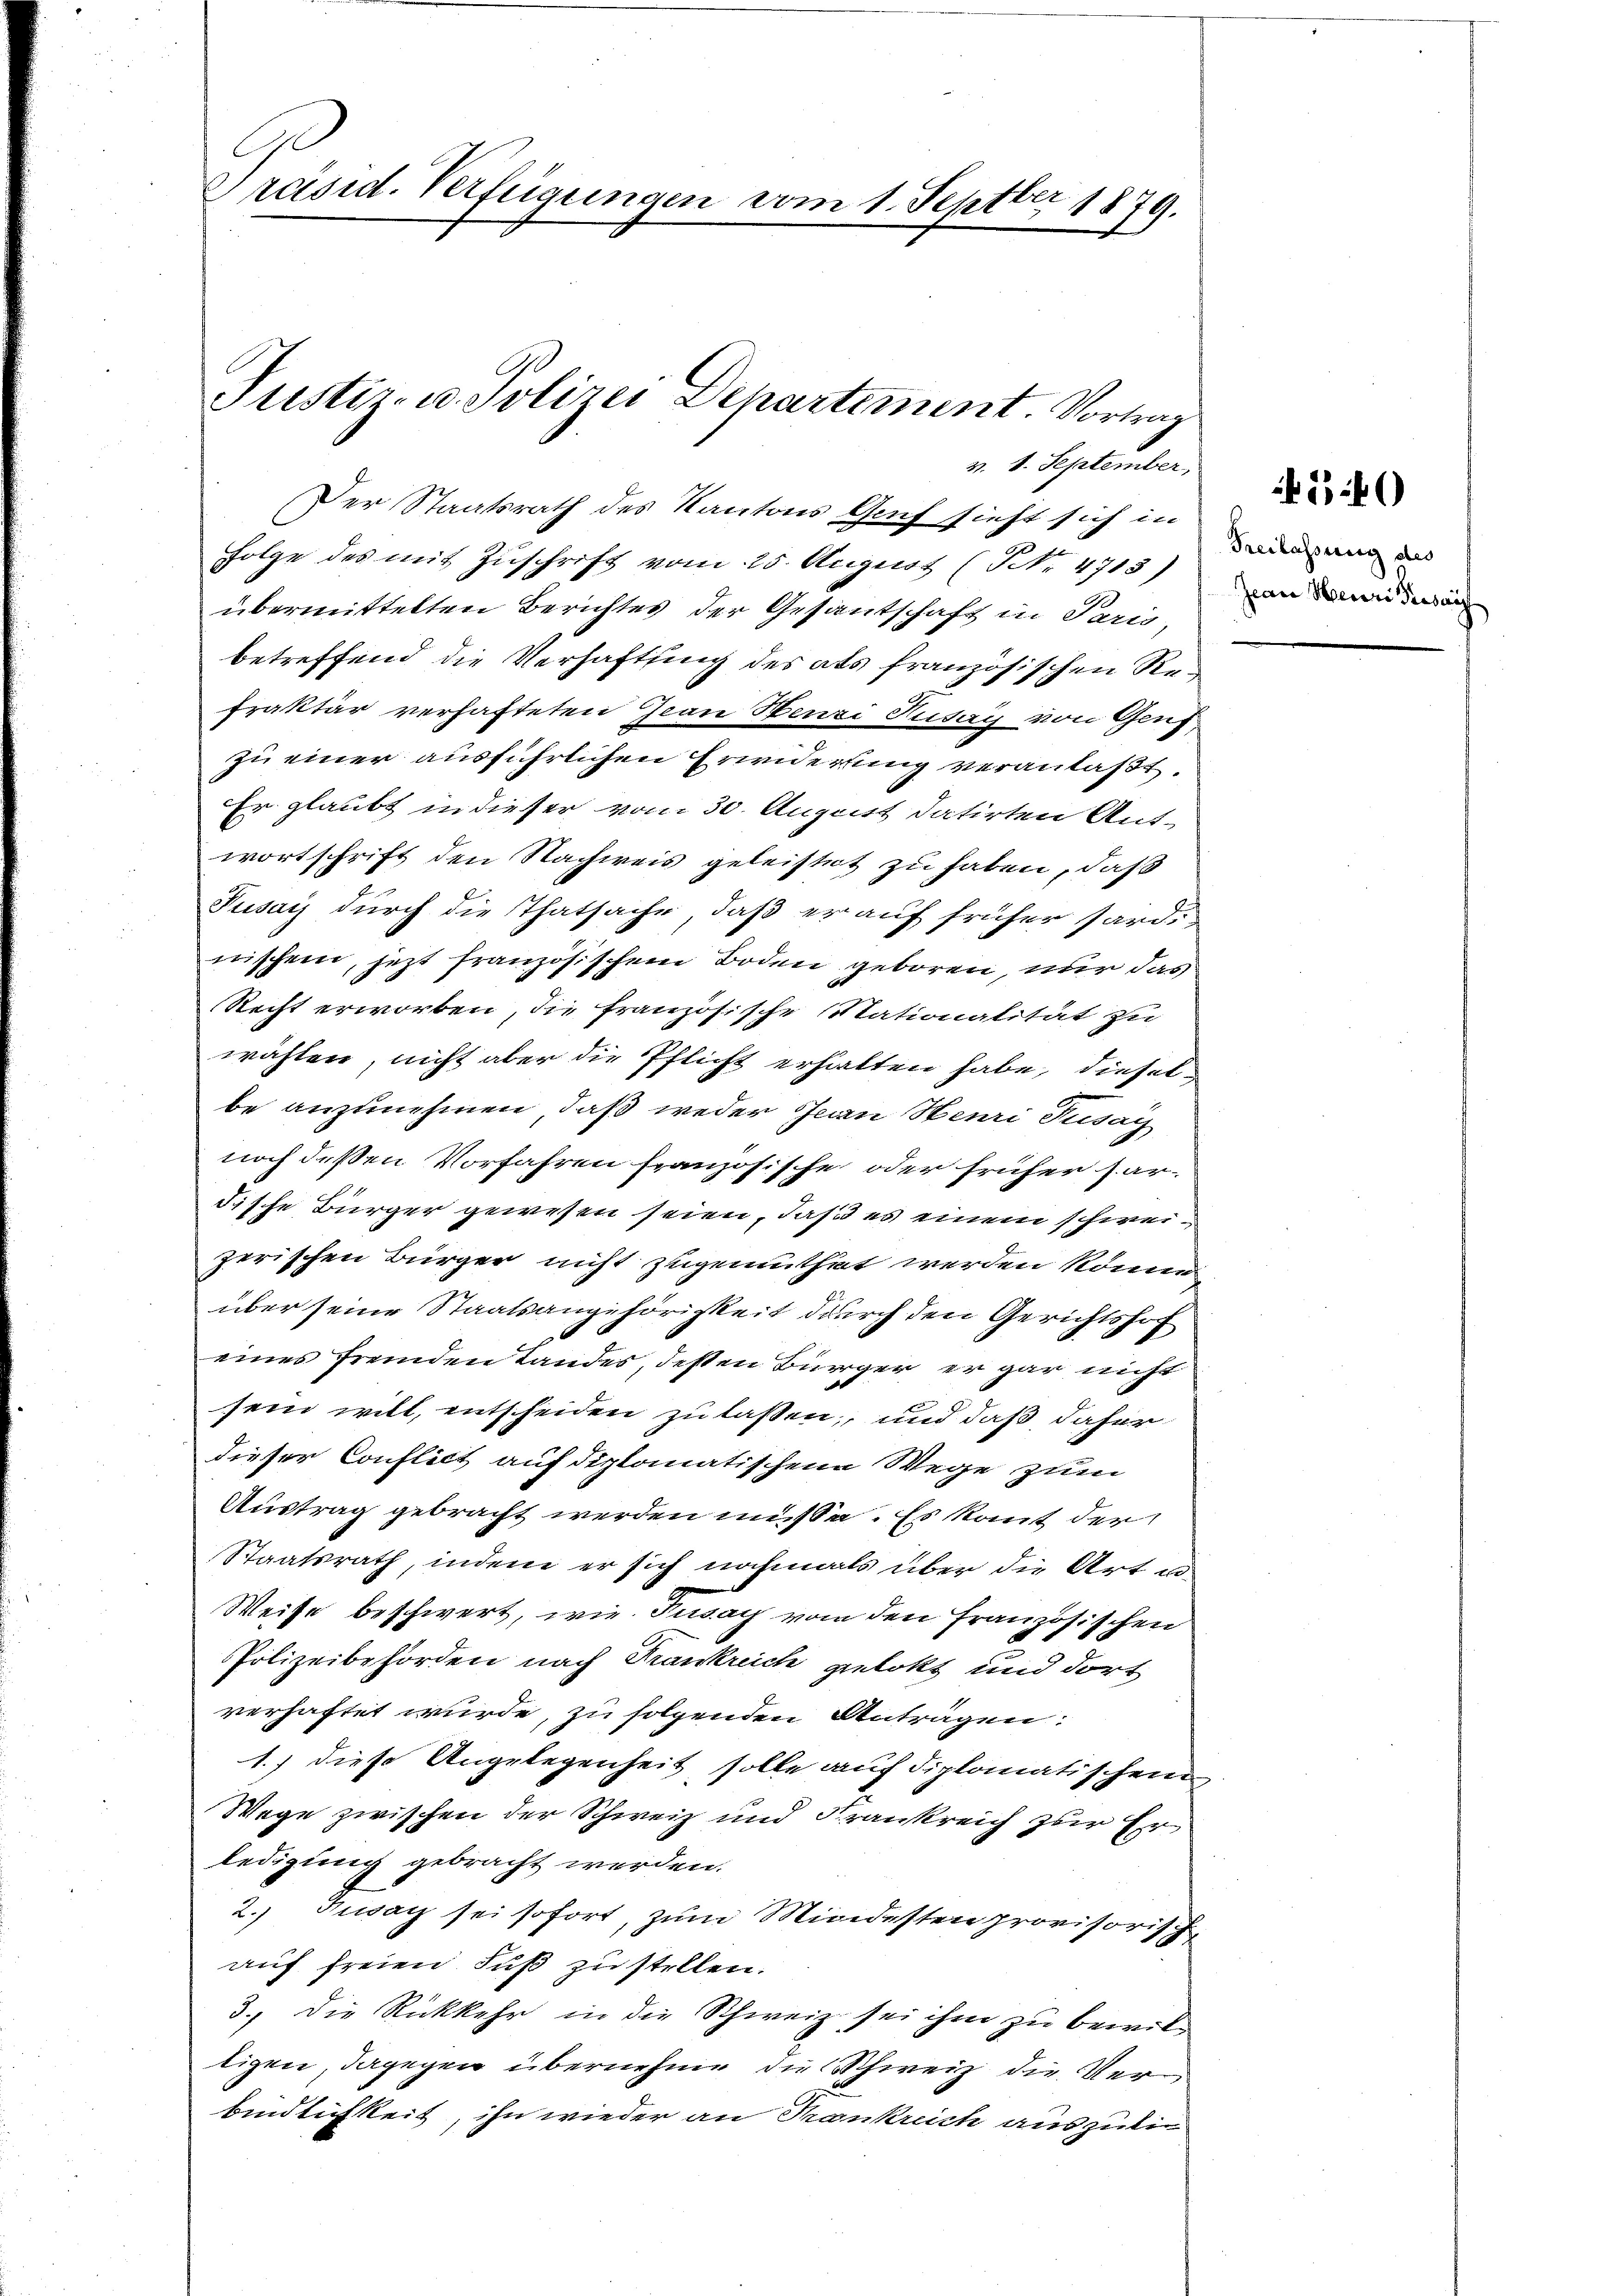
Präsid. Verfügungen vom 1. Septbr 1879.

Justiz- u. Polizei Departement. Vortrag

v. 8. September,
Der Staatsrath des Kantons Genf sieht sich in

Folge des mit Zŭschrift vom 25. August (TNNo. 4713)
übermittelten Berichtes der Gesantschaft in Paris,
betreffend die Verhaftung des als französischen Refraktär verhafteten Grau Henzi Husay von Genf,
zu einer ausführlichen Erwiderung veranlaßt.
Er glaubt in dieser vom 30. August datirten Antwortschrift den Nachweis geleistet zu haben, daß
Pusay durch die Thatsache, daß er auf früher sard-
wischen, jetzt französischem Boden geboren, nur das
Recht erworben, die französische Nationalität zu
wählen, nicht aber die Pflicht erhalten habe, dieselbe anzunehmen, daß weder Jean Henri Tusag
noch deßen Vorfahren französische oder früher dardische Bürger gewesen seien, daß es einem schweizerischen Bürger nicht zugemuthet werden könne
über seine Staatsangehörigkeit durch den Gerichtshof
eines fremden Landes, dessen Bürger, er gar nicht
sein will, entscheiden zu laßen, und daß daher
dieser Conflilt auf diplomatischen Wege zum
Austrag gebracht werden müsse. Es kant der
Staatsrath, indem er sich nochmals über die Art u
Weise beschwert, wie Tusay von den Französischen
Polizeibehörden nach Frankreich gelokt und dort
verhaftet wurde, zu folgenden Antragen:
1.) diese Angelegenheit solle auf diplomatischen
Wege zwischen der Schweiz und Frankreich zur Er
ledigung gebracht werden.
2. Jusay sei sofort, zum Mindesten provisorische
auf freien Fuß zu stellen.
3.) Die Rückkehr in die Schweiz sei ihm zu bewiltigen, dagegen übernehme, die Schweiz die Verbindlichkeit, ihn wieder an Trankreich auszulie

Freilassung des
Jeare Herr Prosais

4540